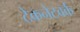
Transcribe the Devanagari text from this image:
टेकनेटवर्क